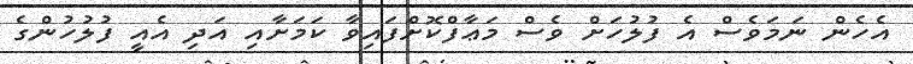
އެހެން ނަމަވެސް އެ ފުލުހަށް ވެސް މަޢާފްކޮށްފައިވާ ކަމަށާއި އަދި އެއީ ފުލުހުންގެ